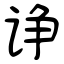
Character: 诤